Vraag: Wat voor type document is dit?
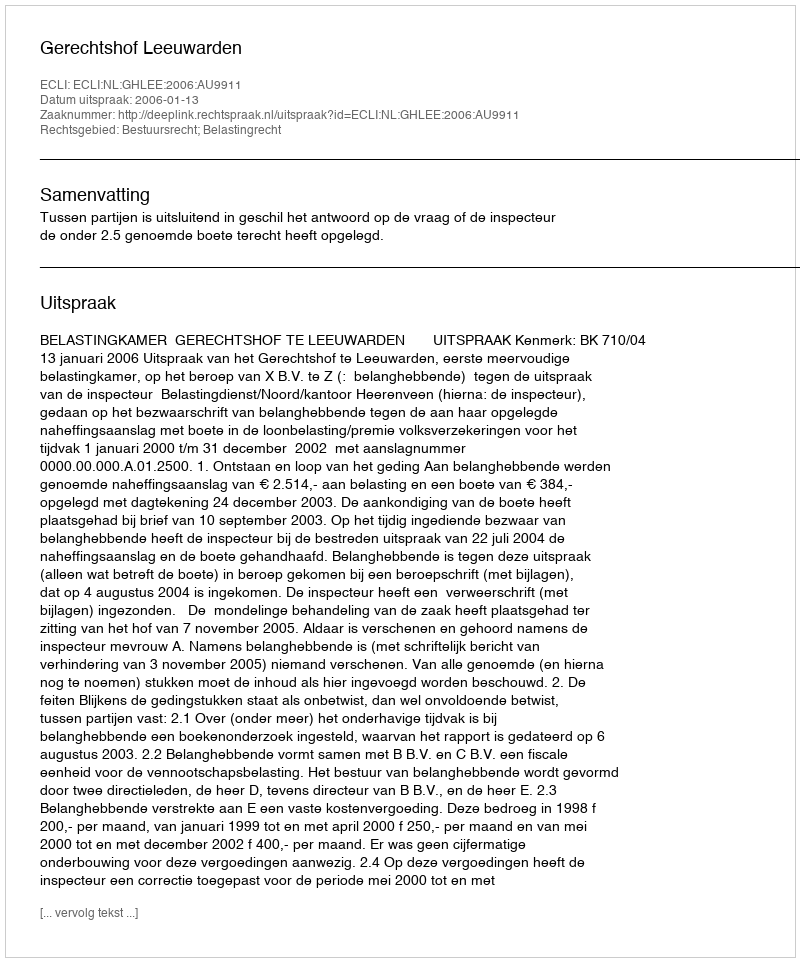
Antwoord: Uitspraak